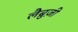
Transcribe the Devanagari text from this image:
लैब्रुज़ी